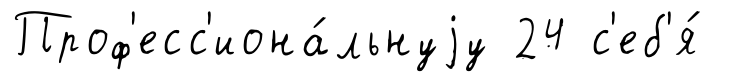
Проф'есс'иона́льнуjу 24 с'еб'я́